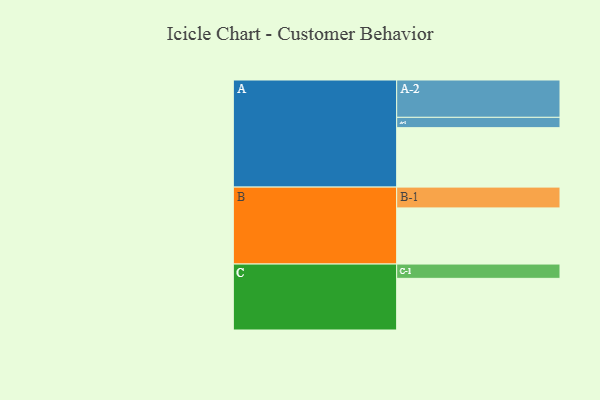
{"axis": {"x": "Segment", "y": "Value"}, "legend": ["", "A", "B", "C"], "data": [{"x": "A", "y": 449, "type": ""}, {"x": "B", "y": 424, "type": ""}, {"x": "C", "y": 390, "type": ""}, {"x": "A-1", "y": 78, "type": "A"}, {"x": "A-2", "y": 282, "type": "A"}, {"x": "B-1", "y": 157, "type": "B"}, {"x": "C-1", "y": 108, "type": "C"}]}